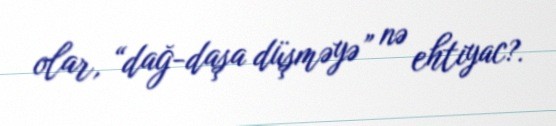
olar, “dağ-daşa düşməyə” nə ehtiyac?.